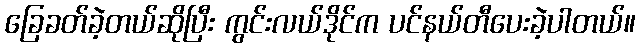
ခြေခတ်ခဲ့တယ်ဆိုပြီး ကွင်းလယ်ဒိုင်က ပင်နယ်တီပေးခဲ့ပါတယ်။